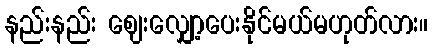
နည်းနည်း ဈေးလျှော့ပေးနိုင်မယ်မဟုတ်လား။